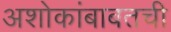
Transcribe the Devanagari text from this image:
अशोकांबाबतची